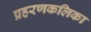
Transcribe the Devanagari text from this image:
प्रहरणकलिका